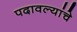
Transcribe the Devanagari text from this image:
पदावल्यांचे